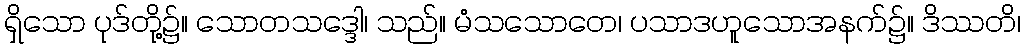
ရှိသော ပုဒ်တို့၌။ သောတသဒ္ဒေါ၊ သည်။ မံသသောတေ၊ ပသာဒဟူသောအနက်၌။ ဒိဿတိ၊